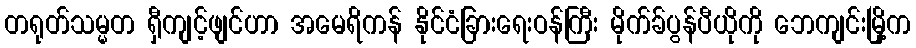
တရုတ်သမ္မတ ရှီကျင့်ဖျင်ဟာ အမေရိကန် နိုင်ငံခြားရေးဝန်ကြီး မိုက်ခ်ပွန်ပီယိုကို ဘေကျင်းမြို့က